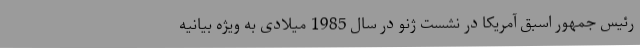
رئیس جمهور اسبق آمریکا در نشست ژنو در سال 1985 میلادی به ویژه بیانیه